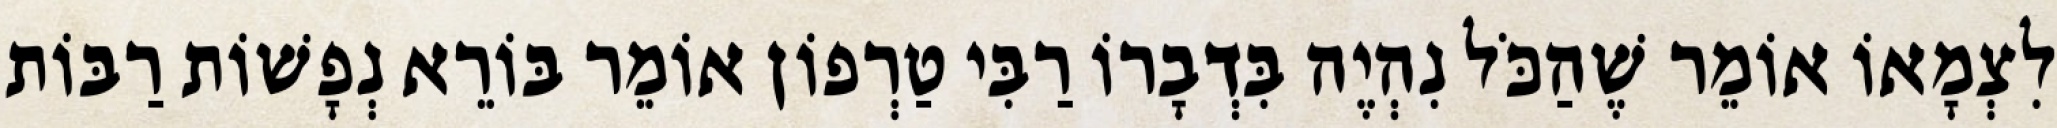
לִצְמָאוֹ אוֹמֵר שֶׁהַכֹּל נִהְיֶה בִּדְבָרוֹ רַבִּי טַרְפוֹן אוֹמֵר בּוֹרֵא נְפָשׁוֹת רַבּוֹת